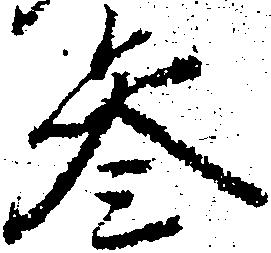
参